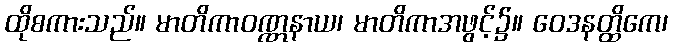
ထိုစကားသည်။ မာတိကာဝဏ္ဏနာယ၊ မာတိကာအဖွင့်၌။ ဝေဒနတ္ထိကေ၊